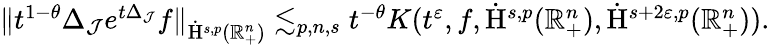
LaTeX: \begin{array}{r}{\lVert t^{1-\theta}\Delta_{\mathcal{J}}e^{t\Delta_{\mathcal{J}}}f\rVert_{\dot{\mathrm{H}}^{s,p}(\mathbb{R}_{+}^{n})}\lesssim_{p,n,s}t^{-\theta}K(t^{\varepsilon},f,\dot{\mathrm{H}}^{s,p}(\mathbb{R}_{+}^{n}),\dot{\mathrm{H}}^{s+2\varepsilon,p}(\mathbb{R}_{+}^{n}))\mathrm{.~}}\end{array}